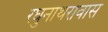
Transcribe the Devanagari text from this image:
रघुनाथरावास